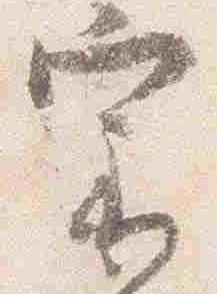
宗